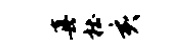
真杜亥